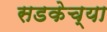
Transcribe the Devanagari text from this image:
सडकेच्या